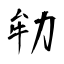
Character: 劺